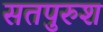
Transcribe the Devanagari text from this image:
सतपुरुश